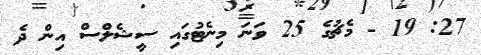
27: 19 - މެޗުގެ 25 ވަނަ މިނެޓުގައި ސީޝެލްސް އިން ދެ